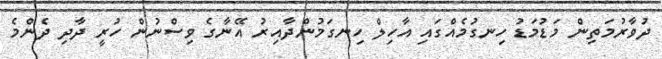
ދުވާރުމަތިން މަޑުމަޑު ހިނގުމެއްގައި އާހިލް ހިނގަމުންދާއިރު އޭނާގެ ވިސްނުން ހުރީ ދާދި ދެންމެ